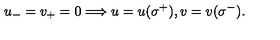
u _ { - } = v _ { + } = 0 \Longrightarrow u = u ( \sigma ^ { + } ) , v = v ( \sigma ^ { - } ) .